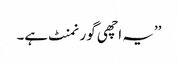
’’یہ اچھی گورنمنٹ ہے۔